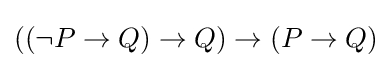
((\lnot P\to Q)\to Q)\to (P\to Q)